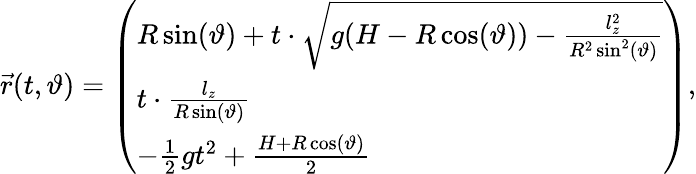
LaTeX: \vec{r}(t,\vartheta)=\left(\begin{array}{l}{R\sin(\vartheta)+t\cdot\sqrt{g(H-R\cos(\vartheta))-\frac{l_{z}^{2}}{R^{2}\sin^{2}(\vartheta)}}}\\ {t\cdot\frac{l_{z}}{R\sin(\vartheta)}}\\ {-\frac{1}{2}gt^{2}+\frac{H+R\cos(\vartheta)}{2}}\end{array}\right),